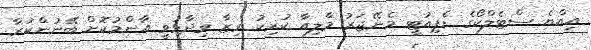
އިއްޔެ ސްޓެލްކޯގެ ޑެޕިއުޓީ މެނޭޖަރު މާލިއާ ކުރިކު ރިޒާ ވިދާޅުވީ އާންމުކޮށް ބޭނުންކުރާ